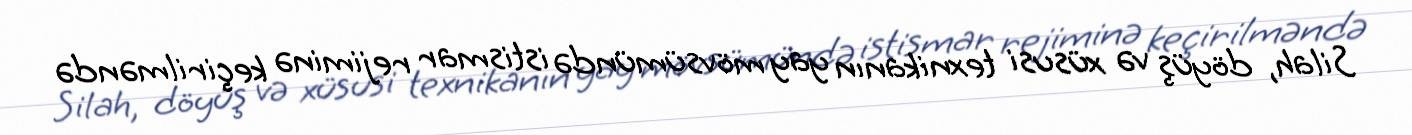
Silah, döyüş və xüsusi texnikanın yay mövsümündə istismar rejiminə keçirilməndə